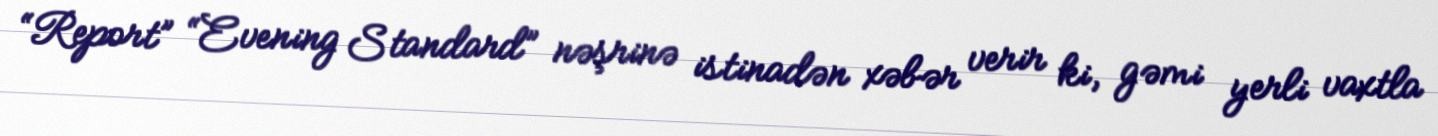
“Report” “Evening Standard” nəşrinə istinadən xəbər verir ki, gəmi yerli vaxtla